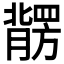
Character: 𱼠